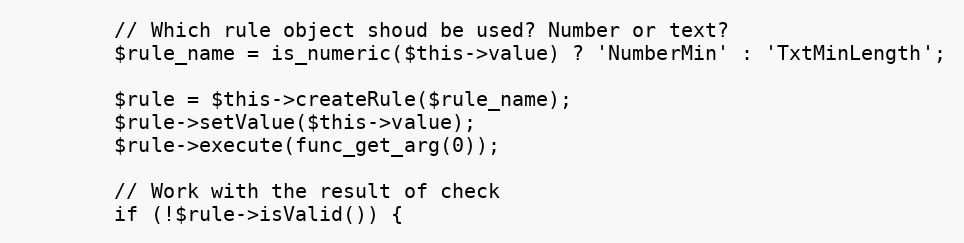
Language: PHP
        // Which rule object shoud be used? Number or text?
        $rule_name = is_numeric($this->value) ? 'NumberMin' : 'TxtMinLength';

        $rule = $this->createRule($rule_name);
        $rule->setValue($this->value);
        $rule->execute(func_get_arg(0));

        // Work with the result of check
        if (!$rule->isValid()) {